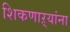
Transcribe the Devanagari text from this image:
शिकणाऱ्यांना